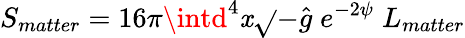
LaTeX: S_{matter}=16\pi\intd^{4}\mathit{x}\sqrt{}{{-\hat{{g}}}}\; e^{-2\psi}\; L_{matter}